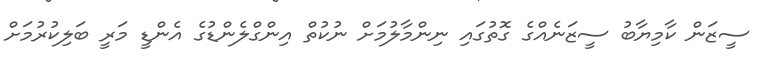
ސީޒަން ކާމިޔާބު ސީޒަނެއްގެ ގޮތުގައި ނިންމާލުމަށް ނުކުތް އިންގްލެންޑުގެ އެންޑީ މަރީ ބަލިކުރުމަށް